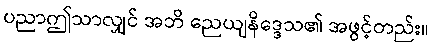
ပညာဤသာလျှင် အဘိ ညေယျနိဒ္ဒေသ၏ အဖွင့်တည်း။